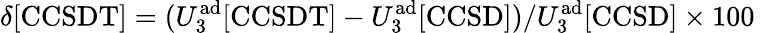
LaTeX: \delta[\mathrm{CCSDT}]=(U_{3}^{\mathrm{ad}}[\mathrm{CCSDT}]-U_{3}^{\mathrm{ad}}[\mathrm{CCSD}])/U_{3}^{\mathrm{ad}}[\mathrm{CCSD}]\times 100\